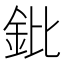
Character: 鈚